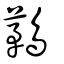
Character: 鶜